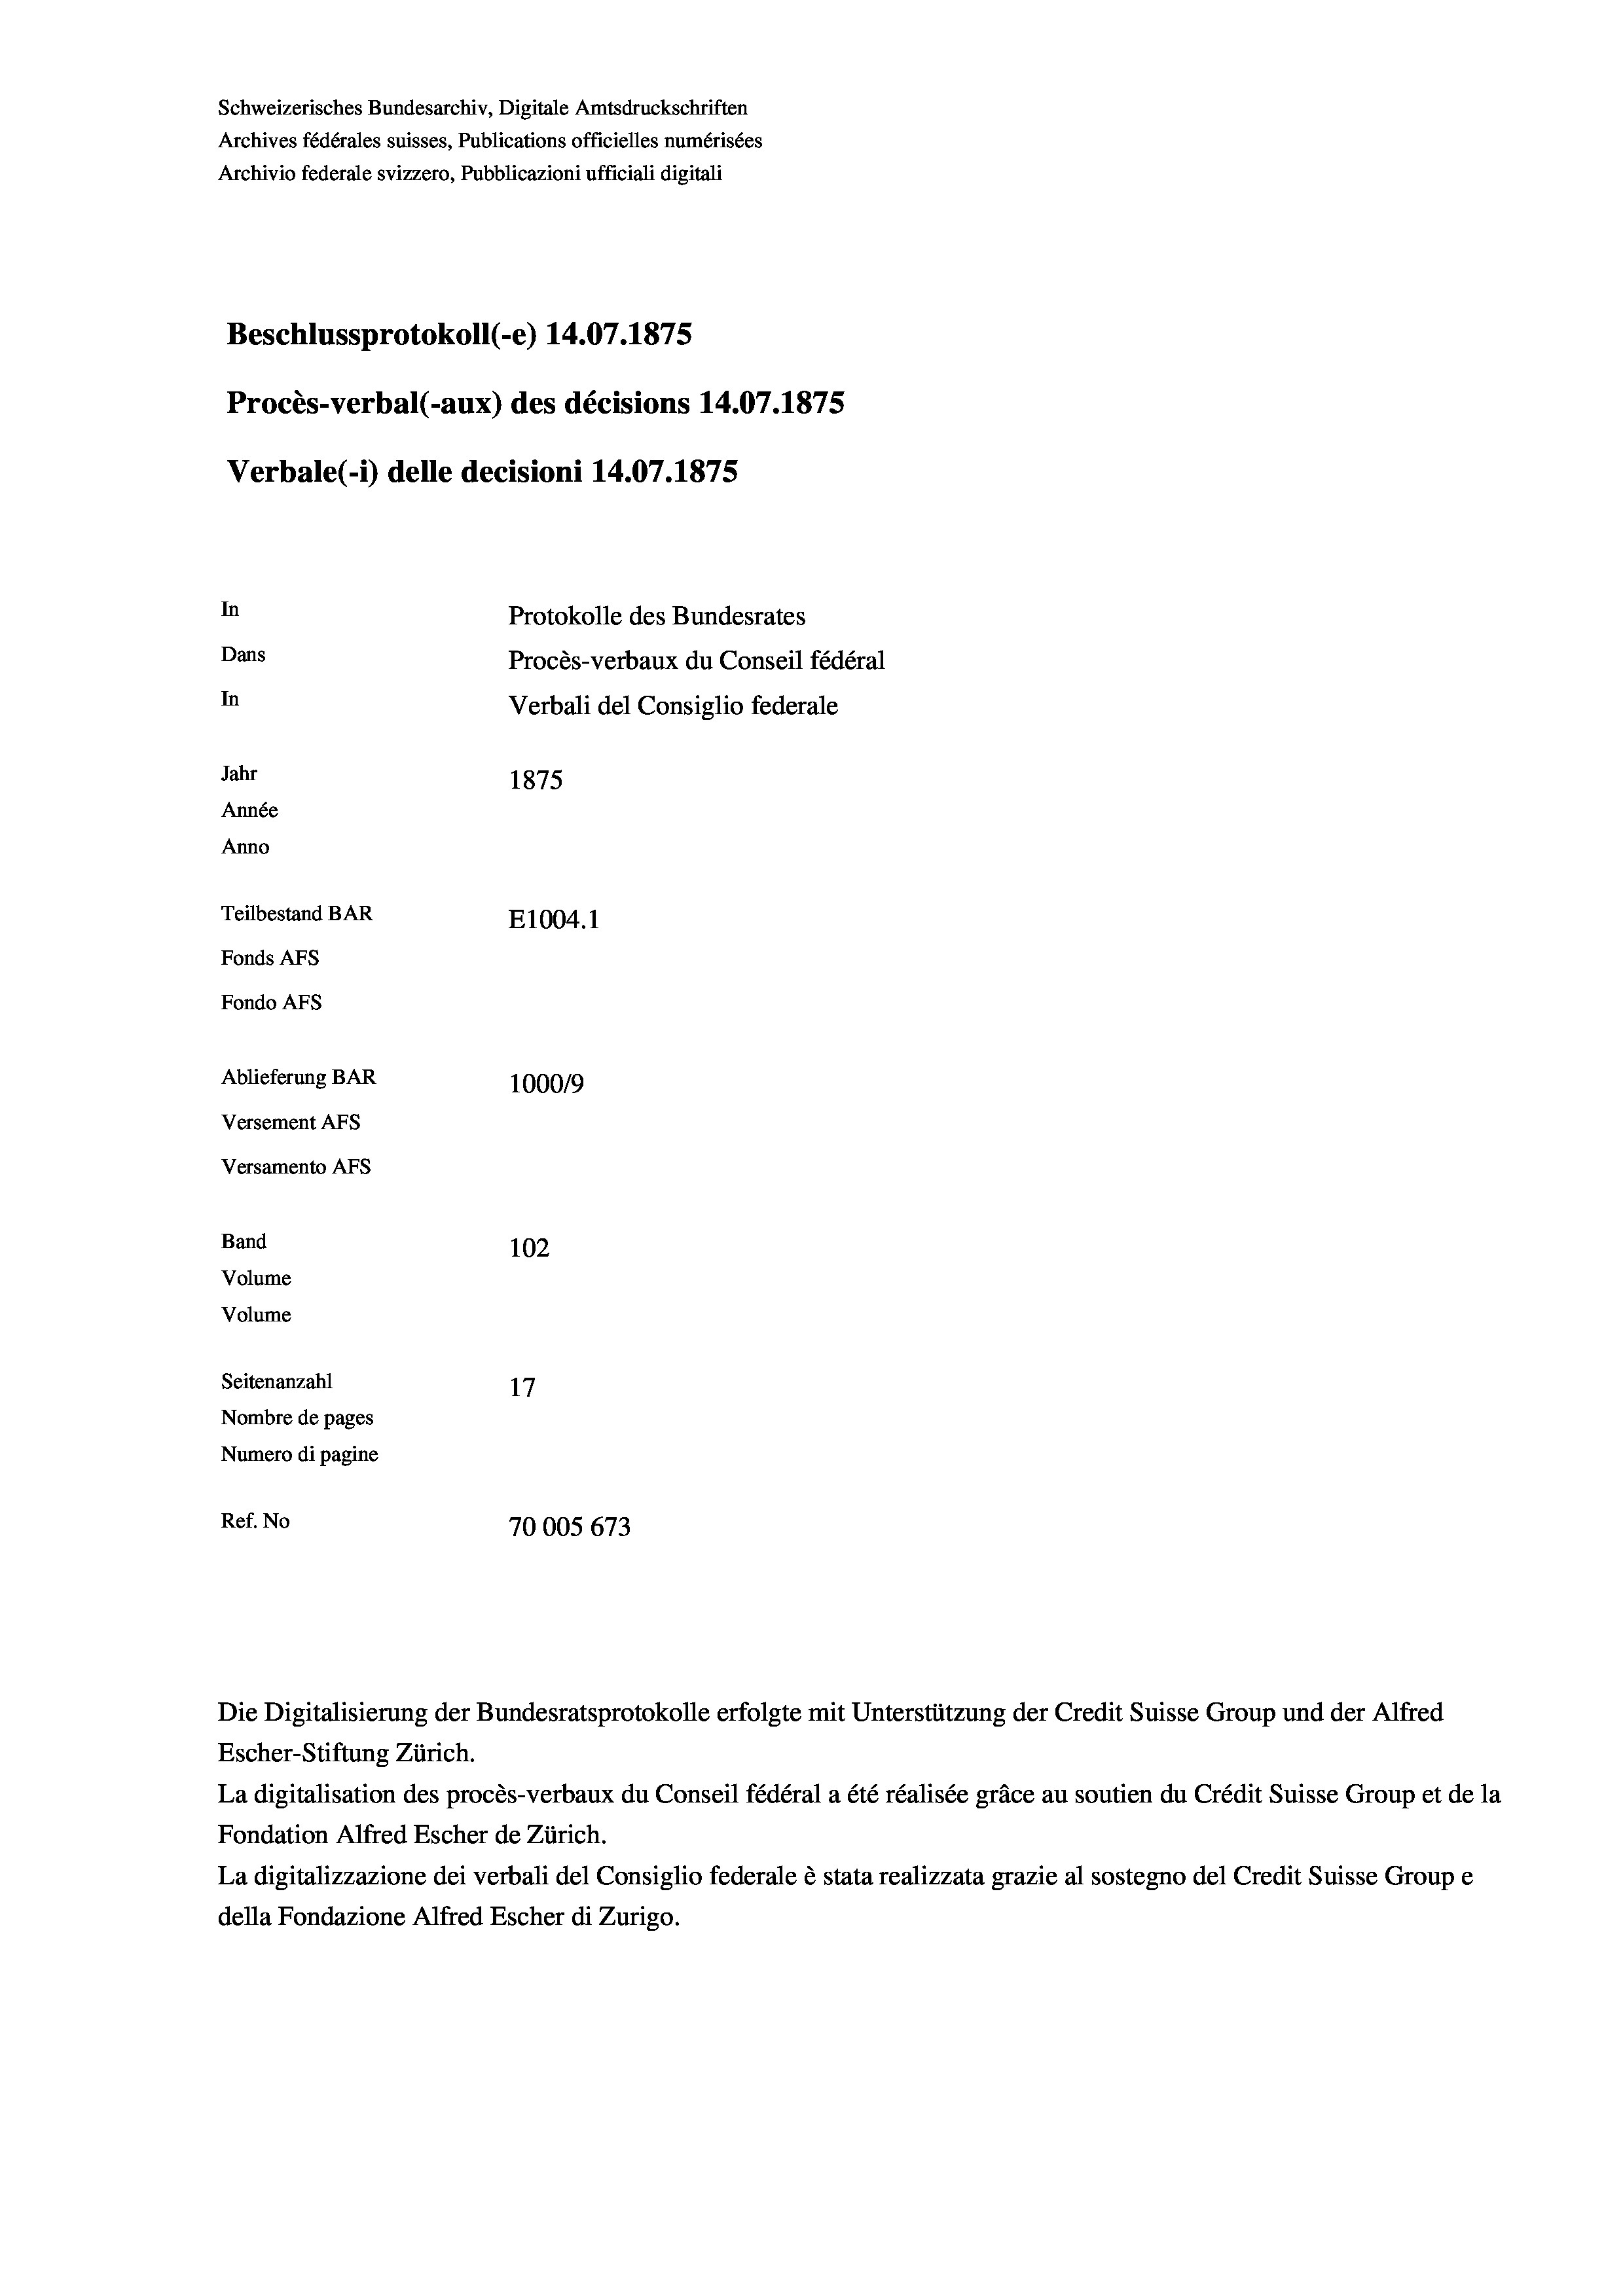
Schweizerisches Bundesarchiv, Digitale Amtsdruckschriften
Archives fédérales suisses, Publications officielles numérisées
Archivio federale svizzero, Pubblicazioni ufficiali digitali
Beschlussprotokoll (-e) 14.07. 1875
Procès-verbal (-aux) des décisions 14.07.1875
Verbale (i) delle decisioni 14.07. 1875
In
Protokolle des Bundesrates
Dans
Procès-verbaux du Conseil fédéral
In
Verbali del Consiglio federale
Jahr
1875
Année
Anno
Teilbestand BAR
E1004. 1
Fonds AFs
Fondo AFS
Ablieferung BAR
1000/9
Versement Abs
Versamento AFs
Band
102
Volume
Volume
Seitenanzahl
17
Nombre de pages
Numero di pagine
Ref. No
70005 673

Die Digitalisierung der Bundesratsprotokolle erfolgte mit Unterstützung der Credit Suisse Group und der Alfred
Escher-Stiftung Zürich.
La digitalisation des procès-verbaux du Conseil fédéral a été réalisée gräce au soutien du Crédit Suisse Group et de la
Fondation Alfred Escher de Zürich.
La digitalizzazione dei verbali del Consiglio federale è stata realizzata grazie al sostegno del Credit Suisse Groupe
della Fondazione Alfred Escher di Zurigo.